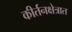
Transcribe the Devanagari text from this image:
कीर्तनक्षेत्रात